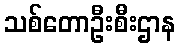
သစ်တောဦးစီးဌာန